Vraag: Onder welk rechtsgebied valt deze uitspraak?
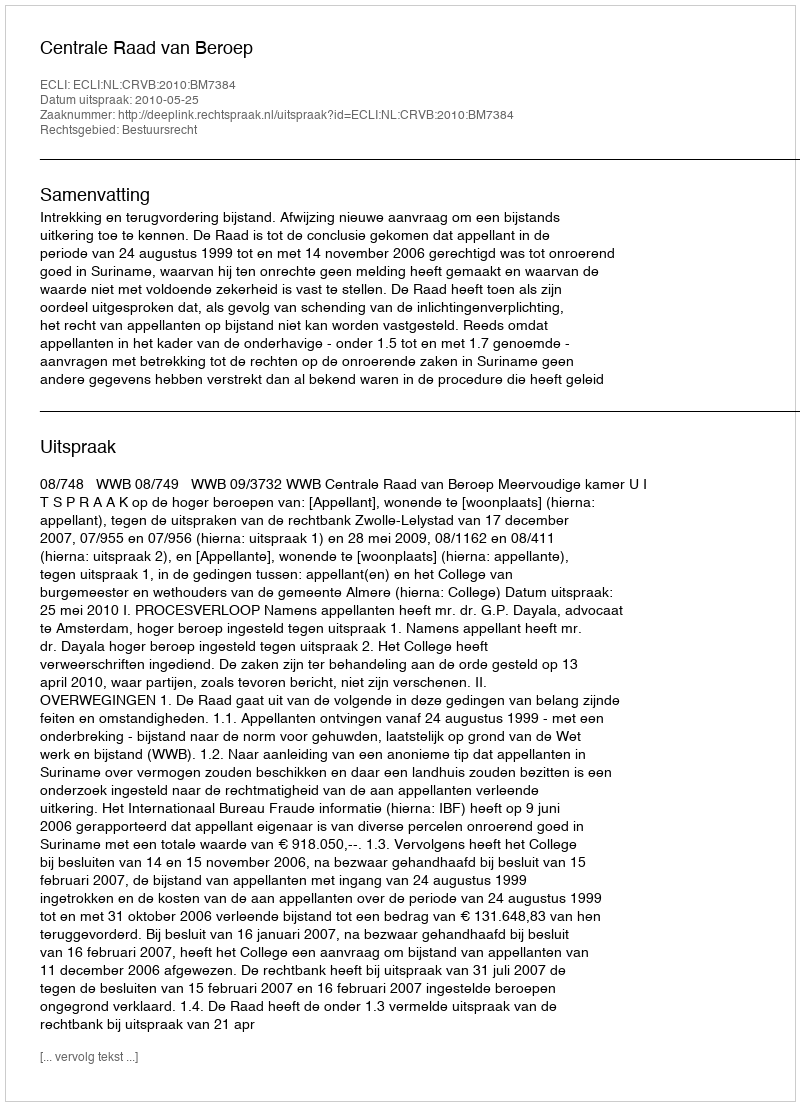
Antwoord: Bestuursrecht